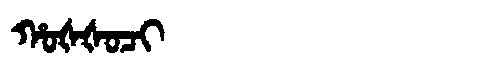
Manchu: ᡥᠣᡧᡧᠣᠴᡳ
Romanization: HOŠŠOCI